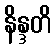
နိန္ဒတိ